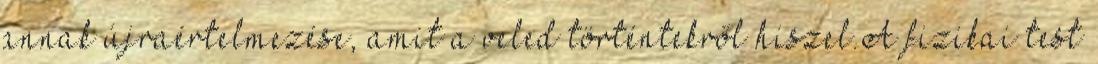
annak újraértelmezése, amit a veled történtekről hiszel.A fizikai test